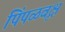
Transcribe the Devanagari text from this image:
पिंपळवृक्ष